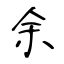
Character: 余